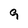
Character: 9